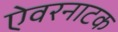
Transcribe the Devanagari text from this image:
ऐवरनाटक